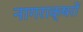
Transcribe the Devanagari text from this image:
नागराक्षरों